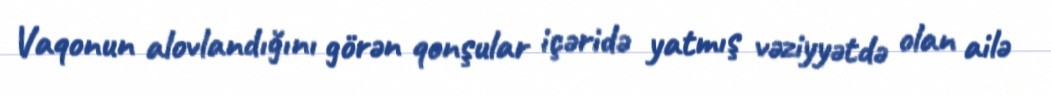
Vaqonun alovlandığını görən qonşular içəridə yatmış vəziyyətdə olan ailə